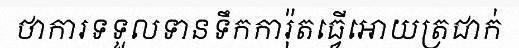
ថាការទទួលទានទឹកការ៉ុតធ្វើអោយត្រជាក់